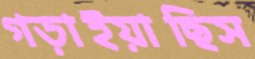
গড়াইয়াছিস